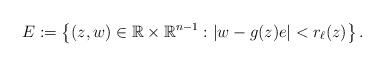
LaTeX: \begin{align*} E:= \left\{ (z,w ) \in \mathbb{R} \times \mathbb{R}^{n-1} : |w- g(z)e| < r_{\ell} (z) \right\}.\end{align*}